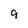
Character: 9